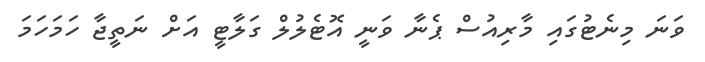
ވަނަ މިނެޓުގައި މާރިއުސް ޕެނާ ވަނީ އޮޓެލުލް ގަލާޓީ އަށް ނަތީޖާ ހަމަހަމަ